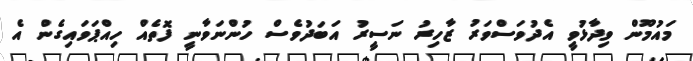
މައުމޫން ވިދާޅުވީ އެދުވަސްވަރު ޒާހިރު ނަސީރު އަބަދުވެސް ހުންނަވާނީ ފޮތެއް ހިއްޕަވައިގެން އެ